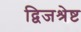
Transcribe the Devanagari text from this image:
द्विजश्रेष्ट